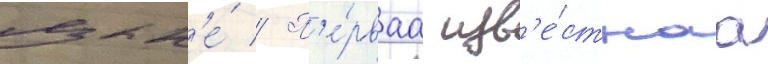
язык'е́ // П'е́рваа изв'е́стнаа